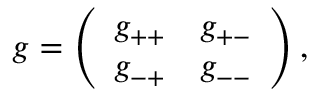
g = \left( \begin{array} { c c } { { g _ { + + } } } & { { g _ { + - } } } \\ { { g _ { - + } } } & { { g _ { -- } } } \end{array} \right) ,